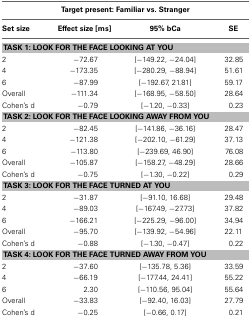
<table><thead><tr><td colspan="4"><b>Target present: Familiar vs. Stranger</b></td></tr></thead><tbody><tr><td><b>Set size</b></td><td><b>Effect size [ms]</b></td><td><b>95% bCa</b></td><td><b>SE</b></td></tr><tr><td colspan="4"><b>TASK 1: LOOK FOR THE FACE LOOKING AT YOU</b></td></tr><tr><td>2</td><td>−72.67</td><td>[−149.22, −24.04]</td><td>32.85</td></tr><tr><td>4</td><td>−173.35</td><td>[−280.29, −88.94]</td><td>51.61</td></tr><tr><td>6</td><td>−87.99</td><td>[−192.67, 21.81]</td><td>59.17</td></tr><tr><td>Overall</td><td>−111.34</td><td>[−168.95, −58.50]</td><td>28.64</td></tr><tr><td>Cohen&#x27;s d</td><td>−0.79</td><td>[−1.20, −0.33]</td><td>0.23</td></tr><tr><td colspan="4"><b>TASK 2: LOOK FOR THE FACE LOOKING AWAY FROM YOU</b></td></tr><tr><td>2</td><td>−82.45</td><td>[−141.86, −36.16]</td><td>28.47</td></tr><tr><td>4</td><td>−121.38</td><td>[−202.10, −61.29]</td><td>37.13</td></tr><tr><td>6</td><td>−113.80</td><td>[−239.69, 46.90]</td><td>76.08</td></tr><tr><td>Overall</td><td>−105.87</td><td>[−158.27, −48.29]</td><td>28.66</td></tr><tr><td>Cohen&#x27;s d</td><td>−0.75</td><td>[−1.30, −0.22]</td><td>0.29</td></tr><tr><td colspan="4"><b>TASK 3: LOOK FOR THE FACE TURNED AT YOU</b></td></tr><tr><td>2</td><td>−31.87</td><td>[−91.10, 16.68]</td><td>29.48</td></tr><tr><td>4</td><td>−89.03</td><td>[−167.49, −27.73]</td><td>37.82</td></tr><tr><td>6</td><td>−166.21</td><td>[−225.29, −96.00]</td><td>34.94</td></tr><tr><td>Overall</td><td>−95.70</td><td>[−139.92, −54.96]</td><td>22.11</td></tr><tr><td>Cohen&#x27;s d</td><td>−0.88</td><td>[−1.30, −0.47]</td><td>0.22</td></tr><tr><td colspan="4"><b>TASK 4: LOOK FOR THE FACE TURNED AWAY FROM YOU</b></td></tr><tr><td>2</td><td>−37.60</td><td>[−135.78, 5.36]</td><td>33.59</td></tr><tr><td>4</td><td>−66.19</td><td>[−177.44, 24.41]</td><td>55.22</td></tr><tr><td>6</td><td>2.30</td><td>[−110.56, 95.04]</td><td>55.64</td></tr><tr><td>Overall</td><td>−33.83</td><td>[−92.40, 16.03]</td><td>27.79</td></tr><tr><td>Cohen&#x27;s d</td><td>−0.25</td><td>[−0.66, 0.17]</td><td>0.21</td></tr></tbody></table>